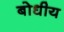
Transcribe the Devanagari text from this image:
बोधीय